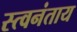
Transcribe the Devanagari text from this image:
स्त्वनंताय